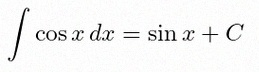
\int \cos x\,dx=\sin x+C